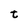
Character: t